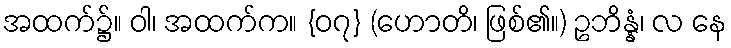
အထက်၌။ ဝါ၊ အထက်က။ {၀၇} (ဟောတိ၊ ဖြစ်၏။) ဥဘိန္နံ၊ လ နေ